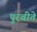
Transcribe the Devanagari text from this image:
पुरवीते